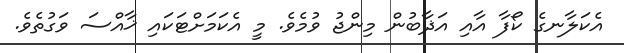
އެކަލާނގެ ކޯފާ އާއި އަޛާބުން މިންޖު ވުމެވެ. މީ އެކަމަށްޓަކައި ޚާއްސަ ވަގުތެވެ.